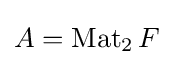
A=\operatorname {Mat} _{2}F